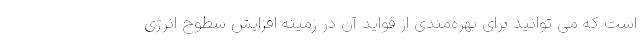
است که می توانید برای بهره‌مندی از فواید آن در زمینه افزایش سطوح انرژی